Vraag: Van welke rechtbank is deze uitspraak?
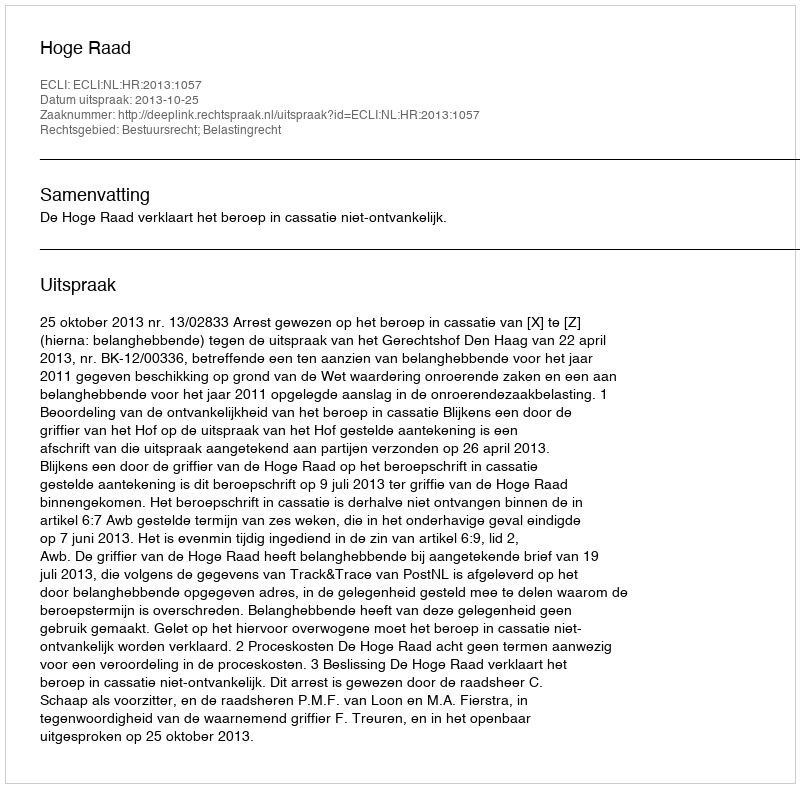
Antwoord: Hoge Raad